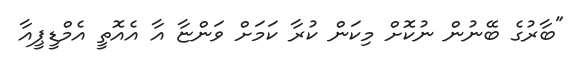
"ބާރުގެ ބޭނުން ނުކޮށް މިކަން ކުރާ ކަމަށް ވަންޏާ އާ އެއޮތީ އެމްޑީޕީއާ